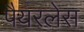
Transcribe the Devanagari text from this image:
पैयरलेस